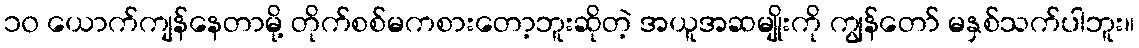
၁၀ ယောက်ကျန်နေတာမို့ တိုက်စစ်မကစားတော့ဘူးဆိုတဲ့ အယူအဆမျိုးကို ကျွန်တော် မနှစ်သက်ပါဘူး။